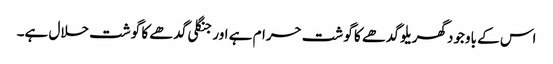
اس کے باوجود گھریلو گدھے کا گوشت حرام ہے اور جنگلی گدھے کا گوشت حلال ہے۔